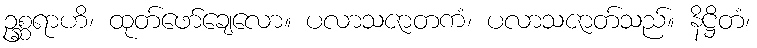
ဥစ္ဆရာဟိ၊ ထုတ်ဖော်ချေလော။ ပလာသဇာတကံ၊ ပလာသဇာတ်သည်။ နိဋ္ဌိတံ၊